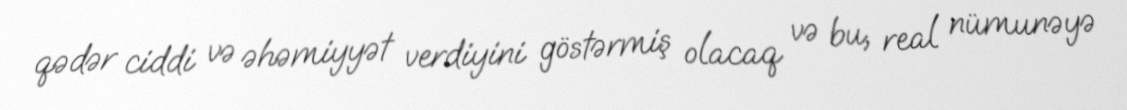
qədər ciddi və əhəmiyyət verdiyini göstərmiş olacaq və bu, real nümunəyə